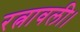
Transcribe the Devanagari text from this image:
रत्नावली।